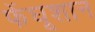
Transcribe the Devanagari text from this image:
फेंघूशान